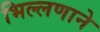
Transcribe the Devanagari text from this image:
भिल्लणाने